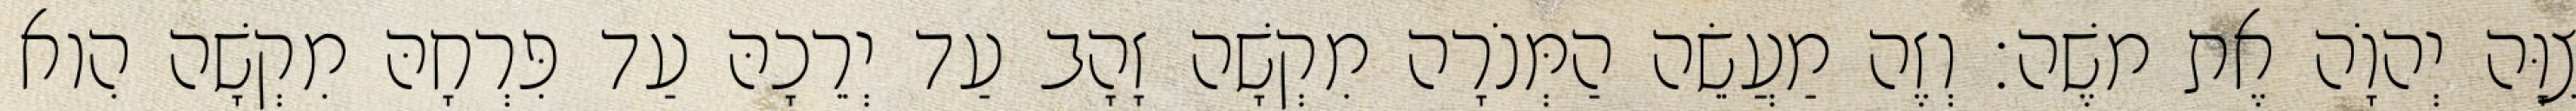
צִוָּה יְהוָֹה אֶת משֶׁה׃ וְזֶה מַעֲשֵׂה הַמְּנֹרָה מִקְשָׁה זָהָב עַד יְרֵכָהּ עַד פִּרְחָהּ מִקְשָׁה הִוא